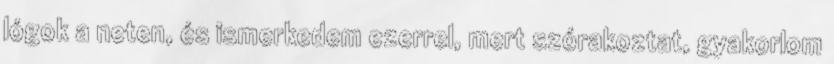
lógok a neten, és ismerkedem ezerrel, mert szórakoztat, gyakorlom